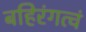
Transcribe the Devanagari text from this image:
बहिरंगत्वं